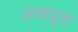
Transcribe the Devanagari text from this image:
आबादुल